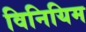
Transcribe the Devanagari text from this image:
विनियिम